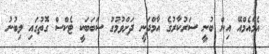
އެމްއެމްއޭ އިން ބުނީ ސަރުކާރުގެ އާމްދަނީ ދަށްވުމުގު ސަބަބަކީ ޓެކްސް ގޮތުގައި ލިބުނު